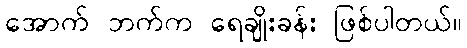
အောက် ဘက်က ရေချိုးခန်း ဖြစ်ပါတယ်။